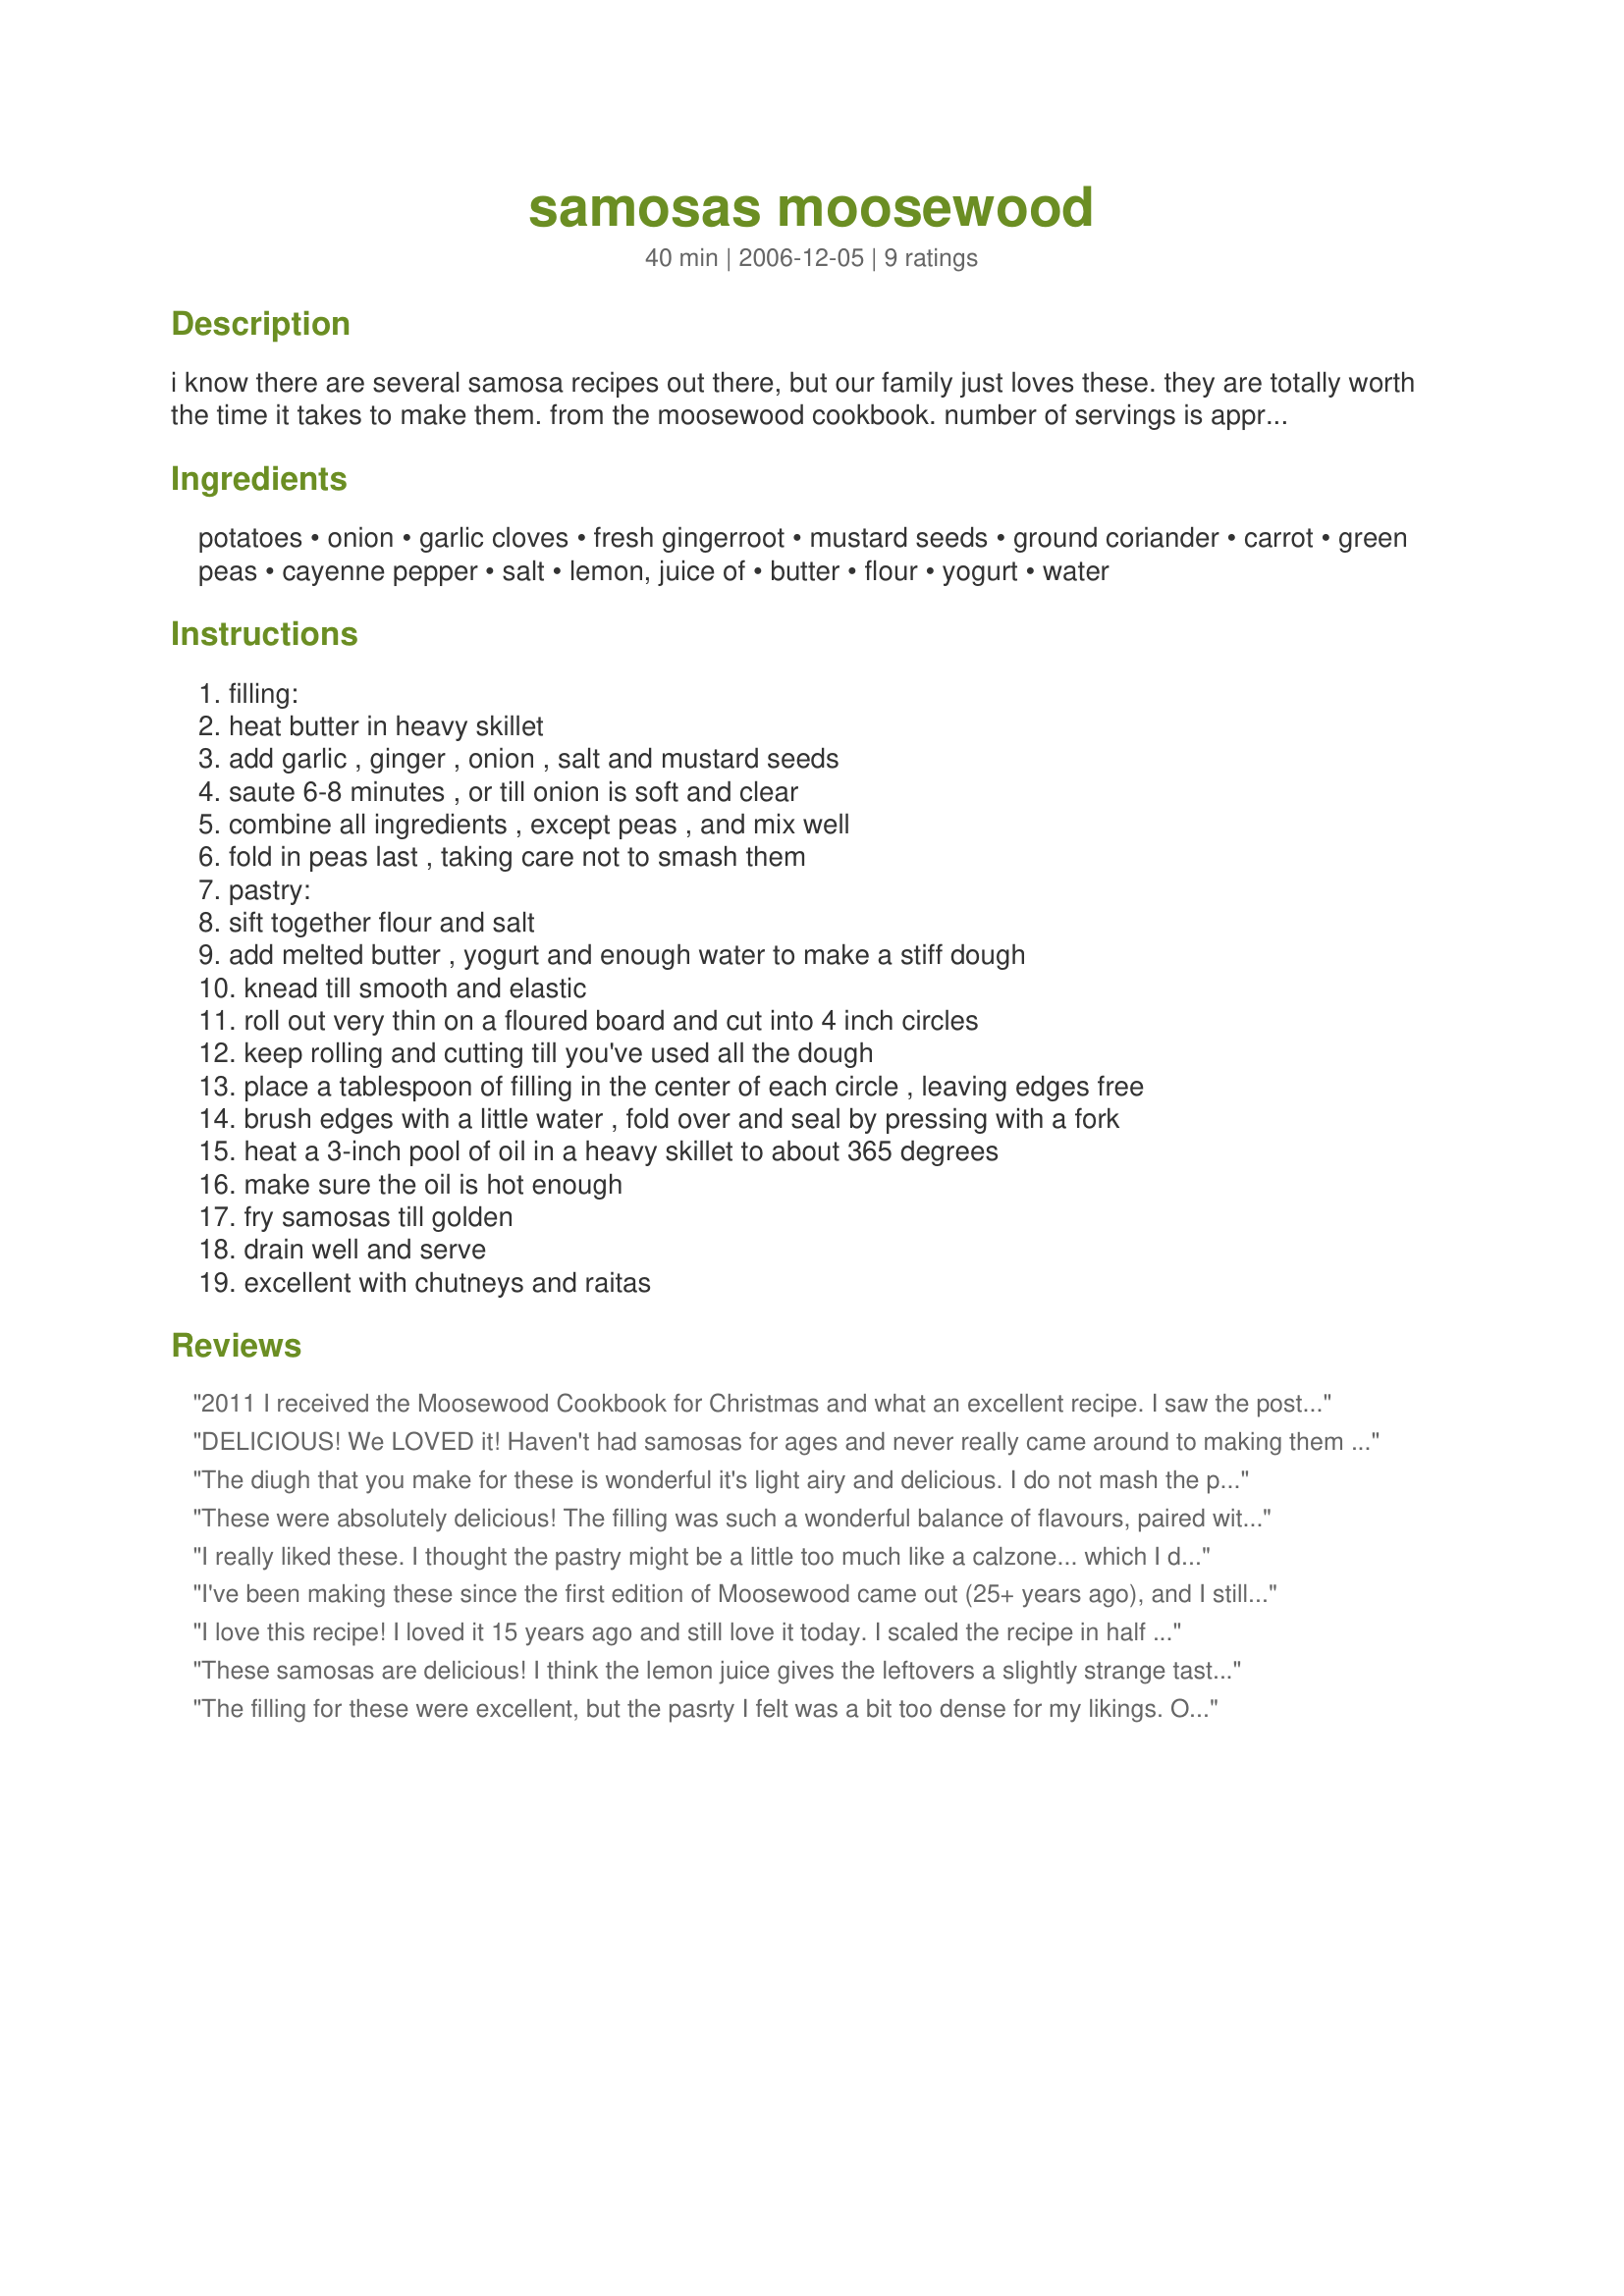
samosas moosewood
Preparation time: 40 minutes

i know there are several samosa recipes out there, but our family just loves these. they are totally worth the time it takes to make them. from the moosewood cookbook. number of servings is approximate - it's plenty for 4 or 5 people. note: i find i often have more filling than pastry, but i have also found that the filling freezes fine if you want to save it for another batch - or you can just mix up some more dough and eat it all! i've used leftover piecrust in a pinch and just thrown them in the oven to brown rather than frying and they came out just fine.

Ingredients:
potatoes, onion, garlic cloves, fresh gingerroot, mustard seeds, ground coriander, carrot, green peas, cayenne pepper, salt, lemon, juice of, butter, flour, yogurt, water

Steps:
filling:, heat butter in heavy skillet, add garlic , ginger , onion , salt and mustard seeds, saute 6-8 minutes , or till onion is soft and clear, combine all ingredients , except peas , and mix well, fold in peas last , taking care not to smash them, pastry:, sift together flour and salt, add melted butter , yogurt and enough water to make a stiff dough, knead till smooth and elastic, roll out very thin on a floured board and cut into 4 inch circles, keep rolling and cutting till you've used all the dough, place a tablespoon of filling in the center of each circle , leaving edges free, brush edges with a little water , fold over and seal by pressing with a fork, heat a 3-inch pool of oil in a heavy skillet to about 365 degrees, make sure the oil is hot enough, fry samosas till golden, drain well and serve, excellent with chutneys and raitas

Reviews:
2011 I received the Moosewood Cookbook for Christmas and what an excellent recipe. I saw the posting after fixing this recipe and I was surprised to see it here. This is the first time I have eer fixed Samosas and loving them. We have been eating much much healthier these past few so this is a keeper in our house!
DELICIOUS! We LOVED it! Haven't had samosas for ages and never really came around to making them :oops:! I used mustard seeds and also added in a big pinch of turmeric powder to the filling. DH is not a big 'veggie' person, but that didn't stop him from gobbling up half the batch by himself! Thank you, Pattikay, for sharing this wonderful recipe. Definitely a keeper!
The diugh that you make for these is wonderful it's light airy and delicious. I do not mash the potatoes I shred them as do I and the carrots . Simply a marvelous appetizer
These were absolutely delicious! The filling was such a wonderful balance of flavours, paired with the wonderful pastry (which I totally recommend you all making) even if it took awhile longer they turned out beautifully. Love this Moosewood recipe!
I really liked these. I thought the pastry might be a little too much like a calzone... which I do not care for. So I made the filling and wrapped in egg roll wrappers and deep fried them and I used a purchased chutney sauce for dipping. Excellent! I think these made in phyllo dough would be even better! Thanks for the introducing me to samosas. I was a virgin.
I've been making these since the first edition of Moosewood came out (25+ years ago), and I still love 'em. Now that I avoid dairy products, I can't indulge anymore, but these are great. Memories of being a groovy college student...seems like only moments ago!
I love this recipe! I loved it 15 years ago and still love it today. I scaled the recipe in half and it worked perfectly. I let the filling sit in the refrigerator over night and filled the pastry the next day. I do believe the flavors were more intense and exciting that way. Thank you so much for reminding me of this recipe! Thanks pattikay!
These samosas are delicious! I think the lemon juice gives the leftovers a slightly strange taste so the next time I make these I will leave it out. I also added more carrots and peas (I doubled the dough recipe to use the extra filling.)
The filling for these were excellent, but the pasrty I felt was a bit too dense for my likings. Other than that a great recipe, dont be thown off by all the ingredients/steps it really isnt hard to make at all!
